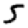
Digit: 5